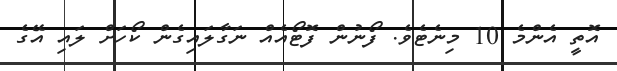
އޮތީ އެންމެ 10 މިނެޓެވެ. ފޯނުން ފޮޓޯއެއް ނަގާލައިގެން ކޯހަށް ލައި އޭގެ